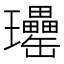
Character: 𤫥